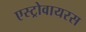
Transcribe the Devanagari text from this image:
एस्ट्रोवायरस